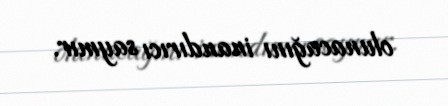
olunacağını inandırıcı saymır.